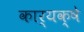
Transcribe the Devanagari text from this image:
कार्यक्षे